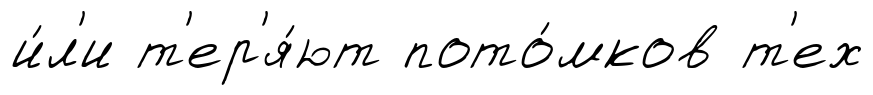
и́л'и т'ер'я́ют пото́мков т'ех